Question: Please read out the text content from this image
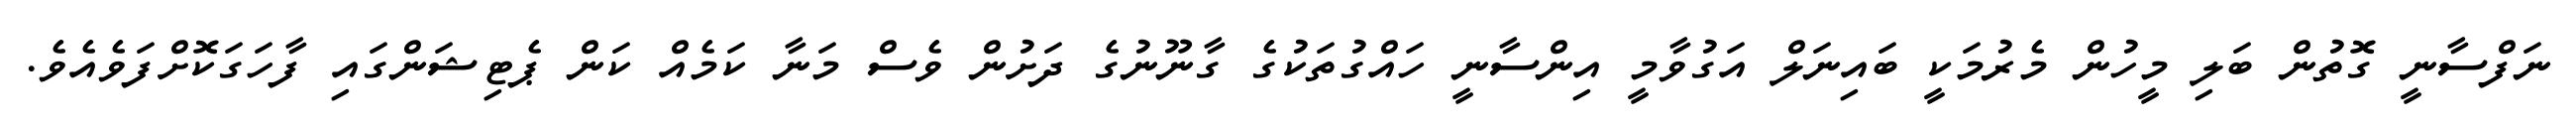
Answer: ނަފްސާނީ ގޮތުން ބަލި މީހުން މެރުމަކީ ބައިނަލް އަގުވާމީ އިންސާނީ ހައްގުތަކުގެ ގާނޫނުގެ ދަށުން ވެސް މަނާ ކަމެއް ކަން ޕެޓިޝަންގައި ފާހަގަކޮށްފަވެއެވެ.